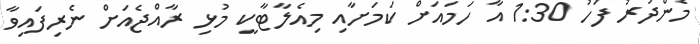
މެންދުރު ފަހު 1:30 އާ ހަމައަށް ކަމަށާއި މިއެލާޓާކީ މުޅި ރާއްޖެއަށް ނެރިފައިވާ